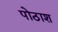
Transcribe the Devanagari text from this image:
पोठाश